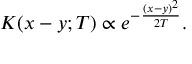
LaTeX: K ( x - y ; T ) \propto e ^ { - { \frac { ( x - y ) ^ { 2 } } { 2 T } } } .